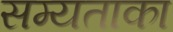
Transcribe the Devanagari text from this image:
सम्यताका